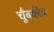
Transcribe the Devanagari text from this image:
चुँबकीय